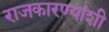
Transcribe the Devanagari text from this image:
राजकारण्यांशी